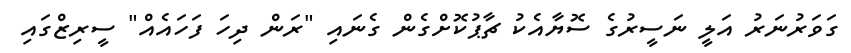
ގަވަރުނަރު އަލީ ނަސީރުގެ ސޮޔާއެކު ޗާޕުކޮށްގެން ގެނައި "ރަން ދިހަ ފަހައެއް" ސީރިޒްގައި